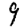
Digit: 9